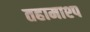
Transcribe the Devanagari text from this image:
तहामाश्प